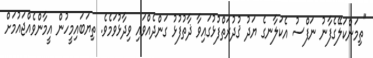
"ތިމަންކަލޭގެފާނު ނަފްސު އެކަލާނގެ ޔަދު ޤުދުރަތްފުޅުގައިވާ ޛާތުފުޅު ގަންދެއްވައި ވިދާޅުވަމެވެ. ތިޔަބައިމީހުން އީމާންވެއްޖައުމަށް